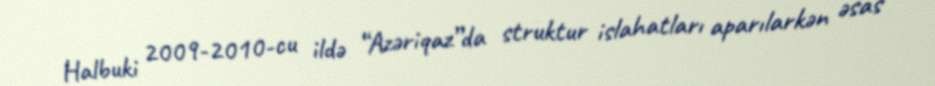
Halbuki 2009-2010-cu ildə “Azəriqaz”da struktur islahatları aparılarkən əsas